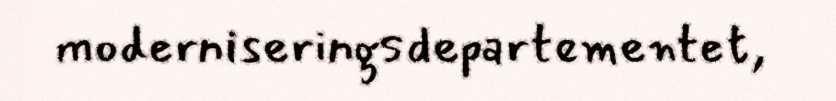
moderniseringsdepartementet,